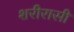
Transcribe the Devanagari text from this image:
शरीरासी